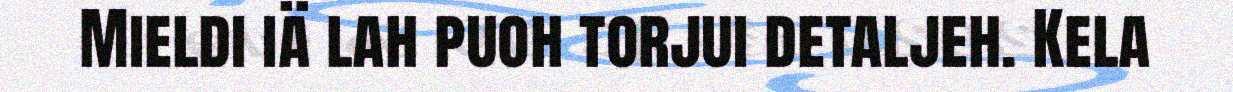
Mieldi iä lah puoh torjui detaljeh. Kela